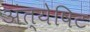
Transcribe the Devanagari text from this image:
अंत्येषिट